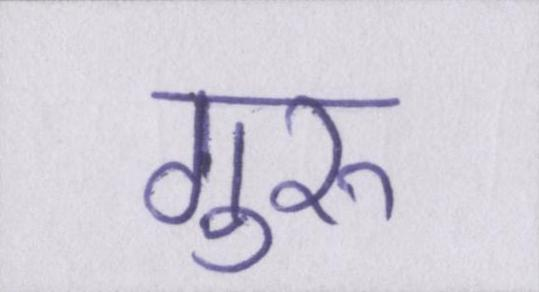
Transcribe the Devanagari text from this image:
गुरुॱ